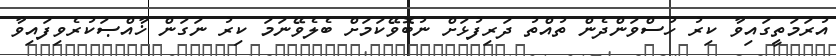
އުރަމަތީގައިވާ ކިރު ހުސްވަންދެން ތުއްތު ދަރިފުޅަށް ނުބޮވޭކަމަށް ބެލެވޭނަމަ ކިރު ނަގަން ޚާއްޞަކުރެވިފައިވާ